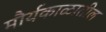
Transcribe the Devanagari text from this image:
मौर्यकाळातील